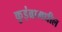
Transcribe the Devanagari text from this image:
कुइंब्रामधील